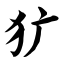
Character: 犷